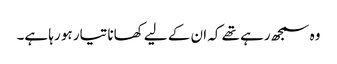
وہ سمجھ رہے تھے کہ ان کے لیے کھانا تیار ہو رہا ہے۔